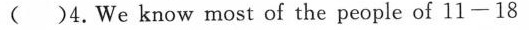
（)4. We know most of the people of 11—18